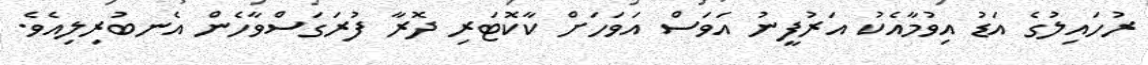
ރުހައިލުގެ އަޑު އިވުމާއެކު އަރުފީނު އަވަސް އަވަހަށް ކާކޮޓަރި ދޮރާ ފުރަގަސްވާހެން އެނބުރިލިއެވެ.